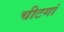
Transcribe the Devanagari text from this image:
चीटगां